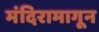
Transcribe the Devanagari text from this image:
मंदिरामागून